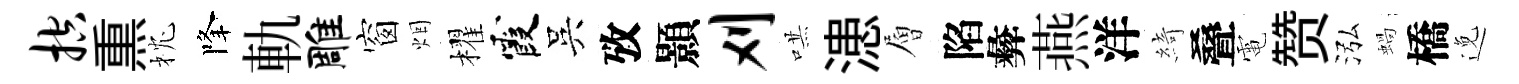
控𤋱枕降軌雕窗烟櫂霞吳攷顥刈哄漶層陷彜燕洋綺叠電赞泓蝸橋𨓜